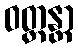
ဝတ္တန္တာ